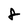
Character: 8